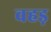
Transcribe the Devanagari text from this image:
वहड़